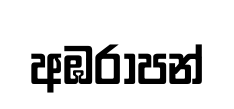
අඹරාපන්